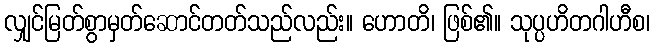
လျှင်မြတ်စွာမှတ်ဆောင်တတ်သည်လည်း။ ဟောတိ၊ ဖြစ်၏။ သုပ္ပဟိတဂါဟီစ၊